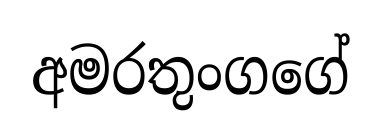
අමරතුංගගේ